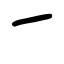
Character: ㇀